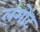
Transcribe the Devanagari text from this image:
लंगोंट